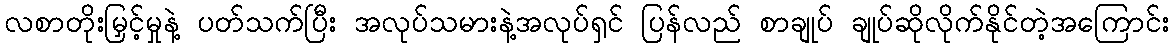
လစာတိုးမြှင့်မှုနဲ့ ပတ်သက်ပြီး အလုပ်သမားနဲ့အလုပ်ရှင် ပြန်လည် စာချုပ် ချုပ်ဆိုလိုက်နိုင်တဲ့အကြောင်း